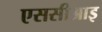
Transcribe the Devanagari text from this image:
एससीआइ